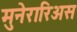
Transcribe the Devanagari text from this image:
मुनेरारिअस